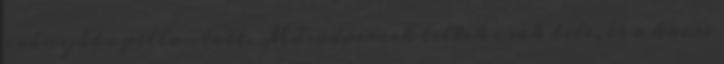
irányába pillantott. Másodpercek teltek csak bele, és a kocsi